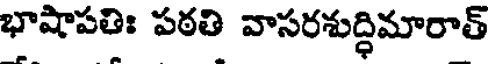
భాషాపతిః పఠతి వాసరశుద్ధిమారాత్